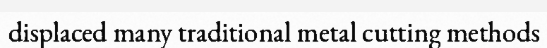
displaced many traditional metal cutting methods